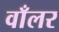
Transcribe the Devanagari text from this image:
वाँलर